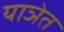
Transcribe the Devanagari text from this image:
याञेत